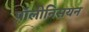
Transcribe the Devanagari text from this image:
पॉलीनिसयन